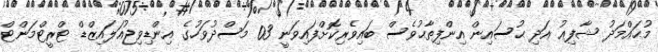
މުޙައްމަދު ޝާފިޢު އަދި ޙުސައިން އިންފިތާޙުވެސް ބައިވެރިކޮށްފައިވަނީ 03 މަސްދުވަހުގެ އިންޑިވިޖުއަލައިޒްޑް ޓްރީޓްމަންޓް